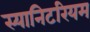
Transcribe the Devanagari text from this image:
स्यानिटरियम